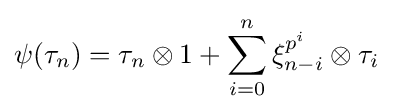
\psi (\tau _{n})=\tau _{n}\otimes 1+\sum _{i=0}^{n}\xi _{n-i}^{p^{i}}\otimes \tau _{i}